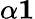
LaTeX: \alpha\le 1